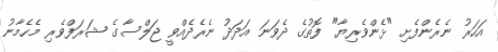
އަހަރު ނެރެންފެށި "ޅެންވެރިޔާ" ފޮތުގެ ދެވަނަ އަދަދު ނެރެދެއްވީ ޖަލްސާގެ ޝަރަފްވެރި މެހެމާނު